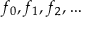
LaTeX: f _ { 0 } , f _ { 1 } , f _ { 2 } , \ldots